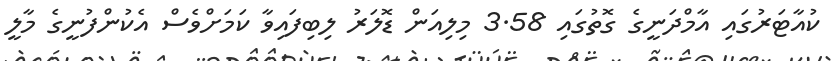
ކުއާޓަރުގައި އާމްދަނީގެ ގޮތުގައި 3.58 މިލިއަން ޑޮލަރު ލިބިފައިވާ ކަމަށްވެސް އެކުންފުނީގެ މާލީ